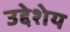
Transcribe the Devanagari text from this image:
उद्देशेय